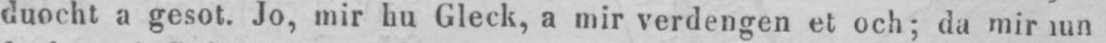
duocht a gesot. Jo, mir hu Gleck, a mir verdengen et och; da mir um